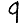
Digit: 9